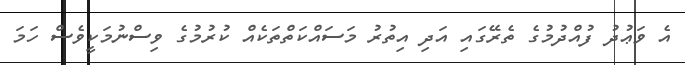
އެ ވަޢުދު ފުއްދުމުގެ ތެރޭގައި އަދި އިތުރު މަސައްކަތްތަކެއް ކުރުމުގެ ވިސްނުމަކީވެސް ހަމަ